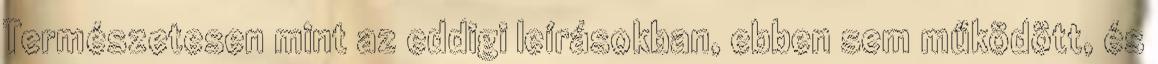
Természetesen mint az eddigi leírásokban, ebben sem működött, és